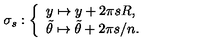
\sigma _ { s } : \left\{ \begin{array} { l } { y \mapsto y + 2 \pi s R , } \\ { \tilde { \theta } \mapsto \tilde { \theta } + 2 \pi s / n . } \\ \end{array} \right.